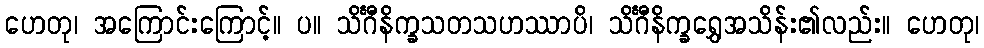
ဟေတု၊ အကြောင်းကြောင့်။ ပ။ သိင်္ဂီနိက္ခသတသဟဿာပိ၊ သိင်္ဂီနိက္ခရွှေအသိန်း၏လည်း။ ဟေတု၊